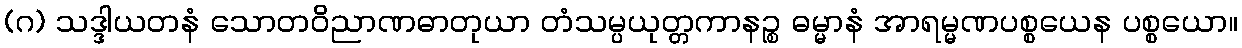
(ဂ) သဒ္ဒါယတနံ သောတဝိညာဏဓာတုယာ တံသမ္ပယုတ္တကာနဉ္စ ဓမ္မာနံ အာရမ္မဏပစ္စယေန ပစ္စယော။